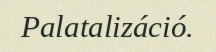
Palatalizáció.